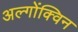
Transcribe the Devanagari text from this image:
अल्गोंक्विन